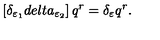
\left[ \delta _ { \varepsilon _ { 1 } } d e l t a _ { \varepsilon _ { 2 } } \right] q ^ { r } = \delta _ { \varepsilon } q ^ { r } .